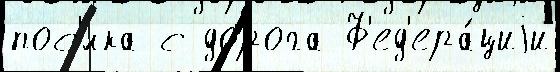
пос'́лка с дорога Ф'ед'ера́циjи